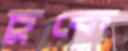
চুকে